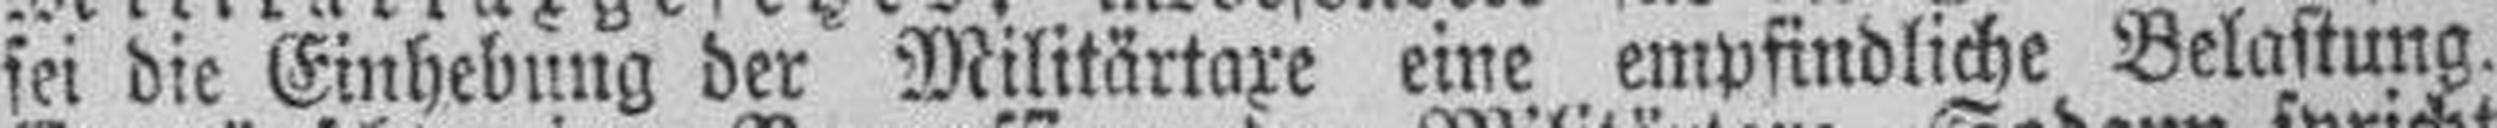
sei die Einhebung der Militärtaxe eine empfindliche Belastung.